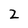
Character: 2